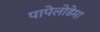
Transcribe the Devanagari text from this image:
पापेलोडेमा